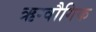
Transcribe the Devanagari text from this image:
ऋग्वौगिक